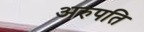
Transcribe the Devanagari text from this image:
अरुपति